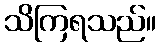
သိကြရသည်။